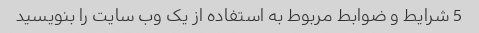
5 شرایط و ضوابط مربوط به استفاده از یک وب سایت را بنویسید